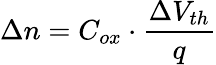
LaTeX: \Delta n=C_{ox}\cdot\frac{\Delta V_{th}}{q}